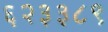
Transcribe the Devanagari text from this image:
६२३३८९